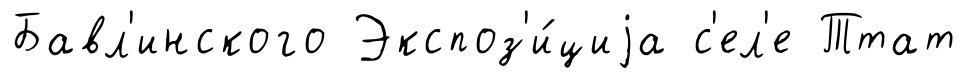
Бавл'инского Экспоз'и́циjа с'ел'е Ттат